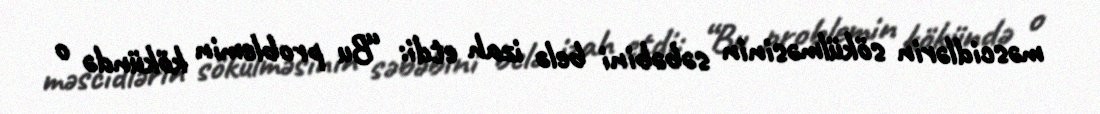
məscidlərin sökülməsinin səbəbini belə izah etdi: “Bu problemin kökündə o